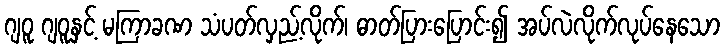
ဂျဝူ ဂျဝူနှင့် မကြာခဏ သံပတ်လှည့်လိုက်၊ ဓာတ်ပြားပြောင်း၍ အပ်လဲလိုက်လုပ်နေသော